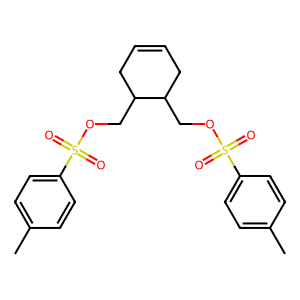
SMILES: Cc1ccc(S(=O)(=O)OCC2CC=CCC2COS(=O)(=O)c2ccc(C)cc2)cc1
Inhibits HIV replication: No